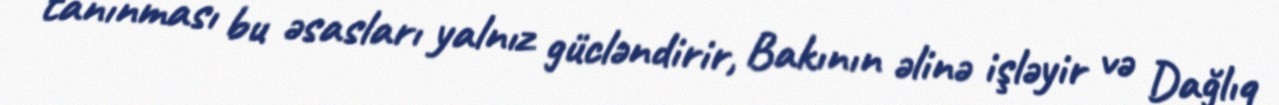
tanınması bu əsasları yalnız gücləndirir, Bakının əlinə işləyir və Dağlıq